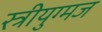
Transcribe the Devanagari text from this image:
स्त्रीयुग्मज